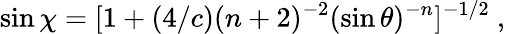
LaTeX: \sin\chi=[1+(4/c)(n+2)^{-2}(\sin\theta)^{-n}]^{-1/2}\ ,